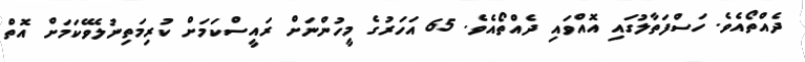
ދެއްތޯއެވެ. ހަސްފަތާލުގައި އޮއްވައި ދެއްތޯއެވެ. 65 އަހަރުގެ މީހުންނަށް ރައީސްކަމަށް ކުރިމަތިނުލެވޭކަމަށް އޮތް